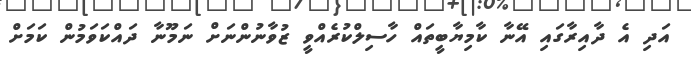
އަދި އެ ދާއިރާގައި އޭނާ ކާމިޔާބީތައް ހާސިލްކުރެއްވީ ޒުވާނުންނަށް ނަމޫނާ ދައްކަވަމުން ކަމަށް